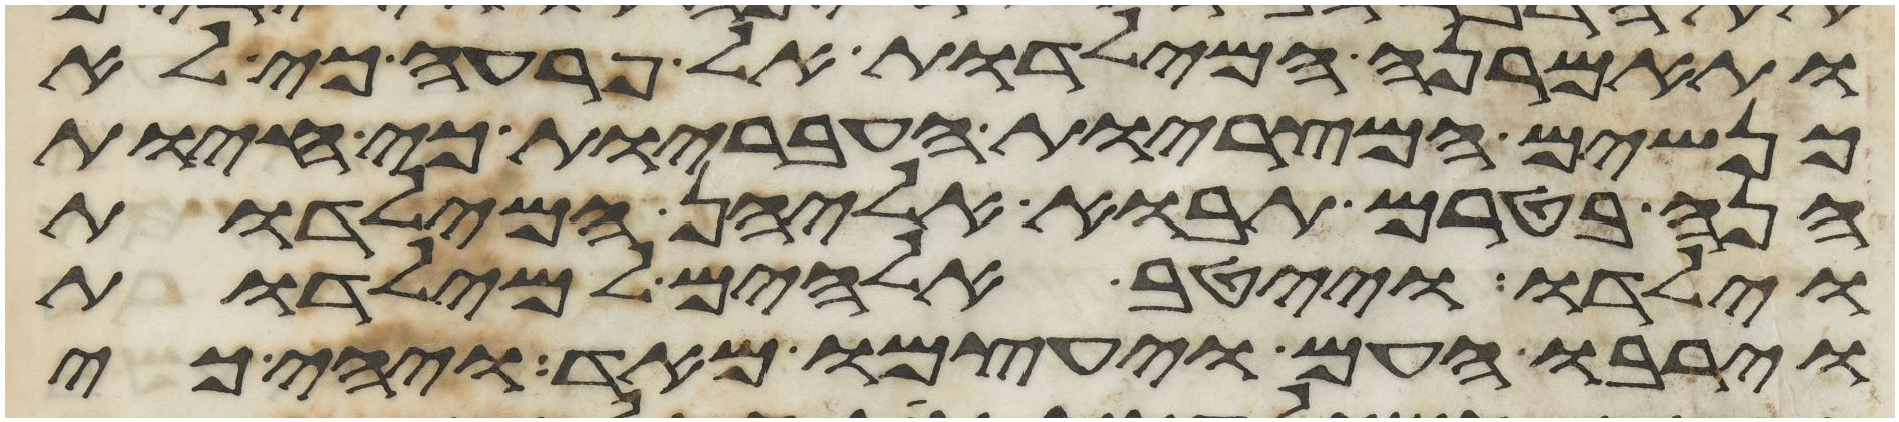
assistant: ותאמרנה המילדות אל פרעה כי לא
כנשים המצריות העבריות כי חיות
הנה בטרם תבוא אליהן המילדות
וילדו וייטב אלהים למילדות
וירבו העם ויעצמו מאד ויהי כי